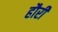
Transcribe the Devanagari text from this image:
हौरी